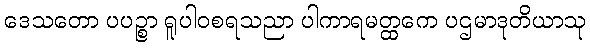
ဒေသတော ပပဉ္စာ ရူပါဝစရသညာ ပါကာရမတ္ထကေ ပဌမာဒုတိယာသု